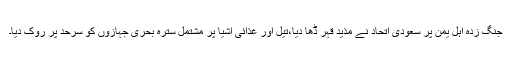
جنگ زدہ اہل یمن پر سعودی اتحاد نے مذید قہر ڈھا دیا،تیل اور غذائی اشیا پر مشتمل سترہ بحری جہازوں کو سرحد پر روک دیا۔